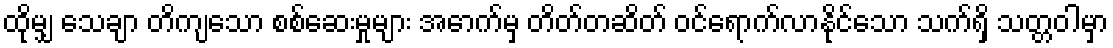
ထိုမျှ သေချာ တိကျသော စစ်ဆေးမှုများ အောက်မှ တိတ်တဆိတ် ဝင်ရောက်လာနိုင်သော သက်ရှိ သတ္တဝါမှာ